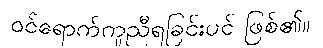
ဝင်ရောက်ကူညီရခြင်းပင် ဖြစ်၏။